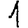
Digit: 1